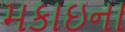
મકાઇના